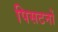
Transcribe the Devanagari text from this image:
पिसटनों